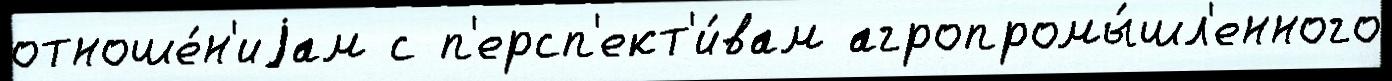
отноше́н'иjам с п'ерсп'ект'и́вам агропромы́шл'енного